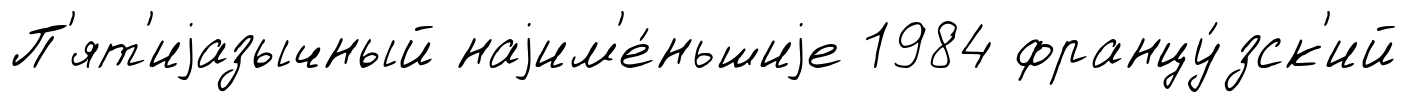
П'ят'иjазычный наjим'е́ньшиjе 1984 францу́зск'ий